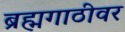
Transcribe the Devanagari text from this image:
ब्रह्मगाठीवर